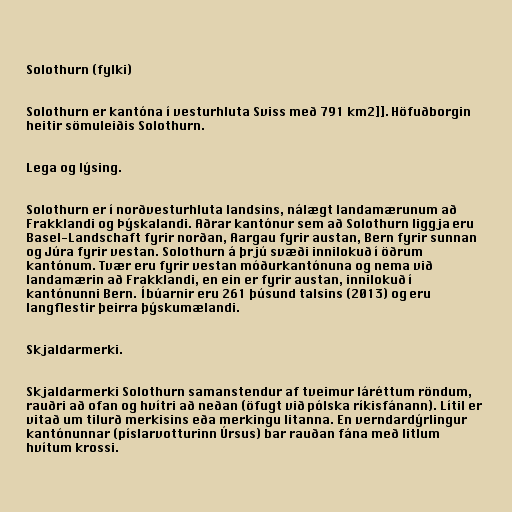
Solothurn (fylki)

Solothurn er kantóna í vesturhluta Sviss með 791 km2]]. Höfuðborgin
heitir sömuleiðis Solothurn.

Lega og lýsing.

Solothurn er í norðvesturhluta landsins, nálægt landamærunum að
Frakklandi og Þýskalandi. Aðrar kantónur sem að Solothurn liggja eru
Basel-Landschaft fyrir norðan, Aargau fyrir austan, Bern fyrir sunnan
og Júra fyrir vestan. Solothurn á þrjú svæði innilokuð í öðrum
kantónum. Tvær eru fyrir vestan móðurkantónuna og nema við
landamærin að Frakklandi, en ein er fyrir austan, innilokuð í
kantónunni Bern. Íbúarnir eru 261 þúsund talsins (2013) og eru
langflestir þeirra þýskumælandi.

Skjaldarmerki.

Skjaldarmerki Solothurn samanstendur af tveimur láréttum röndum,
rauðri að ofan og hvítri að neðan (öfugt við pólska ríkisfánann). Lítil er
vitað um tilurð merkisins eða merkingu litanna. En verndardýrlingur
kantónunnar (píslarvotturinn Úrsus) bar rauðan fána með litlum
hvítum krossi.